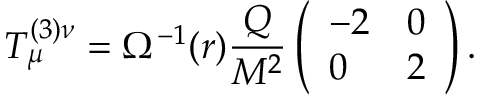
T _ { \mu } ^ { ( 3 ) \nu } = \Omega ^ { - 1 } ( r ) \frac { Q } { M ^ { 2 } } \left( \begin{array} { l l } { { - 2 } } & { { 0 } } \\ { { 0 } } & { { 2 } } \end{array} \right) .